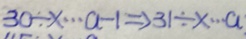
3 0 \div x \cdots a - 1 \Rightarrow 3 1 \div x \cdots a